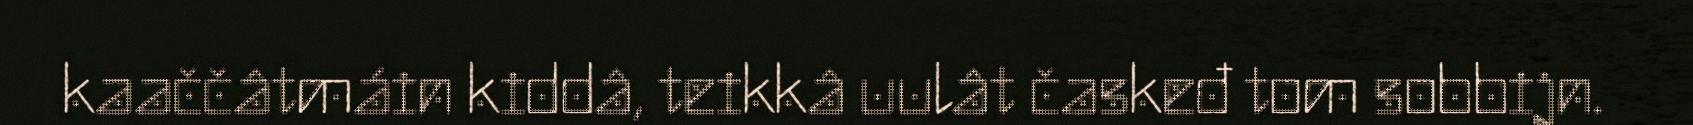
kaaččâtmáin kiddâ, teikkâ uulât časkeđ tom sobbijn.